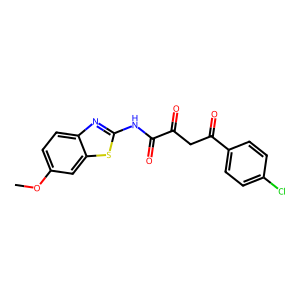
SMILES: COc1ccc2nc(NC(=O)C(=O)CC(=O)c3ccc(Cl)cc3)sc2c1
Inhibits HIV replication: No